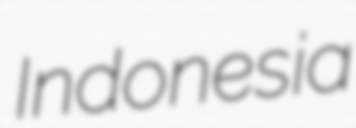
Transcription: Indonesia